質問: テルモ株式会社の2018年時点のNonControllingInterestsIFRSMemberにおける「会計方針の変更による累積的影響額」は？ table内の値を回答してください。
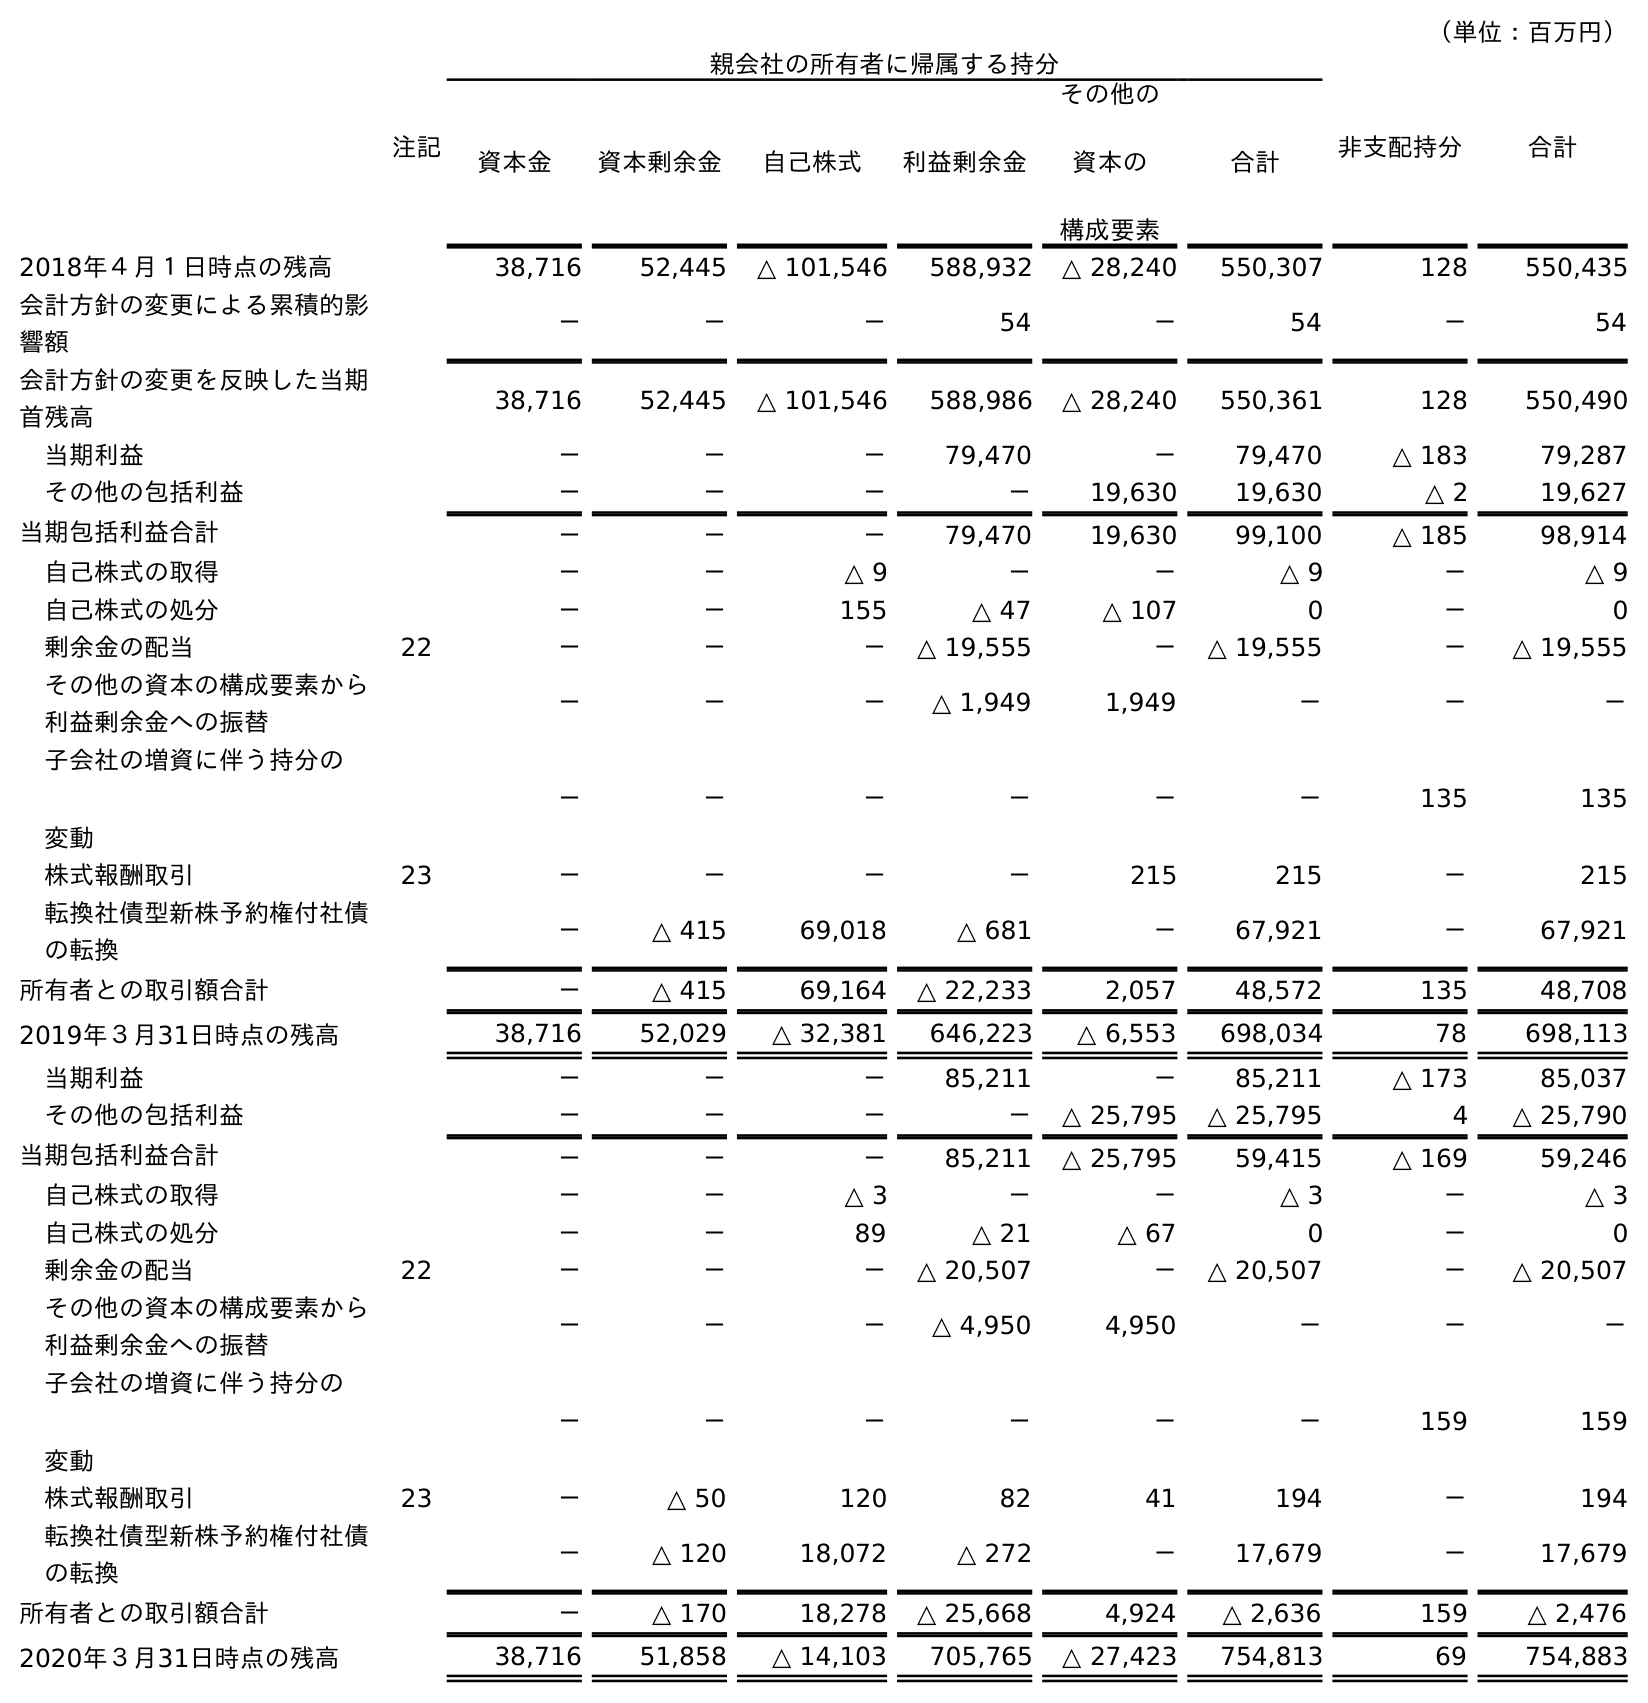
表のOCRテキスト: （単位：百万円） 注記 親会社の所有者に帰属する持分 非支配持分 合計 資本金 資本剰余金 自己株式 利益剰余金 その他の 資本の 構成要素 合計 2018年４月１日時点の残高 38,716 52,445 △ 101,546 588,932 △ 28,240 550,307 128 550,435 会計方針の変更による累積的影 響額 － － － 54 － 54 － 54 会計方針の変更を反映した当期 首残高 38,716 52,445 △ 101,546 588,986 △ 28,240 550,361 128 550,490 当期利益 － － － 79,470 － 79,470 △ 183 79,287 その他の包括利益 － － － － 19,630 19,630 △ 2 19,627 当期包括利益合計 － － － 79,470 19,630 99,100 △ 185 98,914 自己株式の取得 － － △ 9 － － △ 9 － △ 9 自己株式の処分 － － 155 △ 47 △ 107 0 － 0 剰余金の配当 22 － － － △ 19,555 － △ 19,555 － △ 19,555 その他の資本の構成要素から 利益剰余金への振替 － － － △ 1,949 1,949 － － － 子会社の増資に伴う持分の 変動 － － － － － － 135 135 株式報酬取引 23 － － － － 215 215 － 215 転換社債型新株予約権付社債 の転換 － △ 415 69,018 △ 681 － 67,921 － 67,921 所有者との取引額合計 － △ 415 69,164 △ 22,233 2,057 48,572 135 48,708 2019年３月31日時点の残高 38,716 52,029 △ 32,381 646,223 △ 6,553 698,034 78 698,113 当期利益 － － － 85,211 － 85,211 △ 173 85,037 その他の包括利益 － － － － △ 25,795 △ 25,795 4 △ 25,790 当期包括利益合計 － － － 85,211 △ 25,795 59,415 △ 169 59,246 自己株式の取得 － － △ 3 － － △ 3 － △ 3 自己株式の処分 － － 89 △ 21 △ 67 0 － 0 剰余金の配当 22 － － － △ 20,507 － △ 20,507 － △ 20,507 その他の資本の構成要素から 利益剰余金への振替 － － － △ 4,950 4,950 － － － 子会社の増資に伴う持分の 変動 － － － － － － 159 159 株式報酬取引 23 － △ 50 120 82 41 194 － 194 転換社債型新株予約権付社債 の転換 － △ 120 18,072 △ 272 － 17,679 － 17,679 所有者との取引額合計 － △ 170 18,278 △ 25,668 4,924 △ 2,636 159 △ 2,476 2020年３月31日時点の残高 38,716 51,858 △ 14,103 705,765 △ 27,423 754,813 69 754,883
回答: －